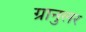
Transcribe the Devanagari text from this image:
ग्रानुलर